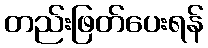
တည်းဖြတ်ပေးရန်